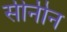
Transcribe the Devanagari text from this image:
सीनीन